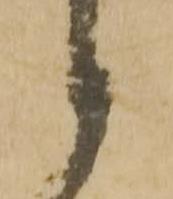
候